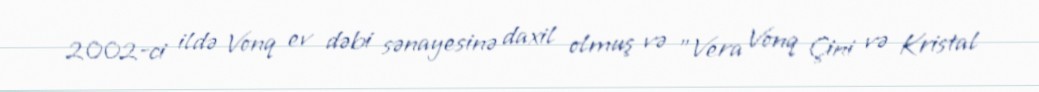
2002-ci ildə Vonq ev dəbi sənayesinə daxil olmuş və "Vera Vonq Çini və Kristal